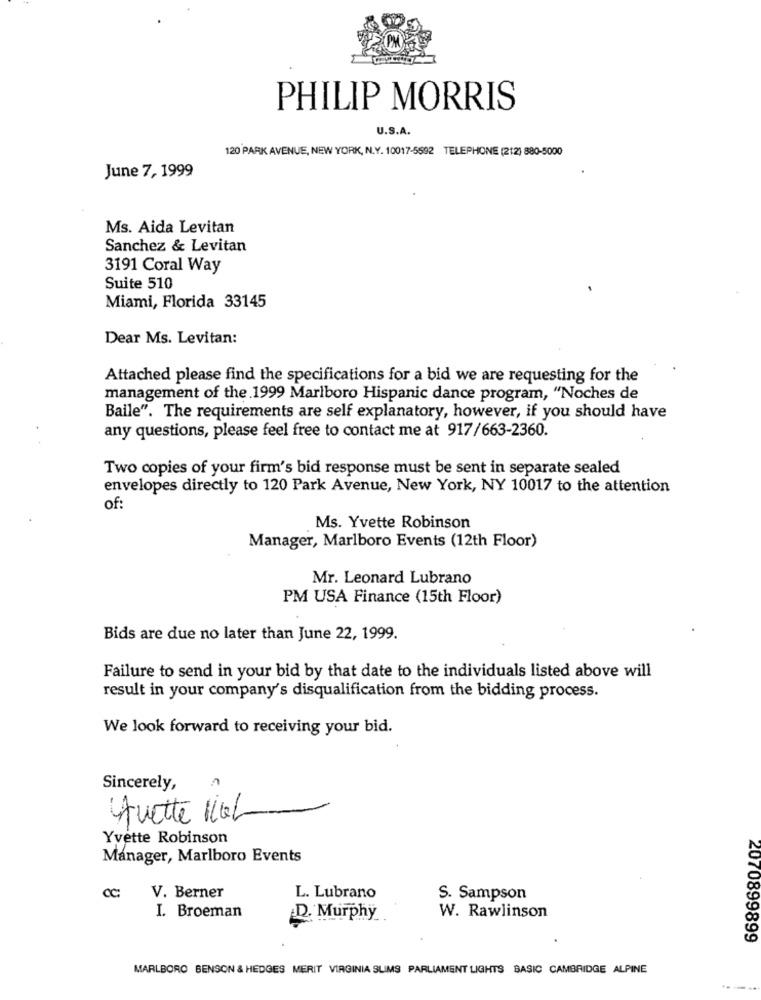
PHILIP MORRIS
U.S.A.
120 PARK AVENUE, NEW YORK, N.Y. 10017-5592 TELEPHONE (212) 880-5000
June 7, 1999
Ms. Aida Levitan
Sanchez & Levitan
3191 Coral Way
Suite 510
Miami, Florida 33145
Dear Ms. Levitan:
Attached please find the specifications for a bid we are requesting for the
management of the .1999 Marlboro Hispanic dance program, "Noches de
Baile". The requirements are self explanatory, however, if you should have
any questions, please feel free to contact me at 917/663-2360.
Two copies of your firm's bid response must be sent in separate sealed
envelopes directly to 120 Park Avenue, New York, NY 10017 to the attention
of:
Ms. Yvette Robinson
Manager, Marlboro Events (12th Floor)
Mr. Leonard Lubrano
PM USA Finance (15th Floor)
Bids are due no later than June 22, 1999.
Failure to send in your bid by that date to the individuals listed above will
result in your company's disqualification from the bidding process.
We look forward to receiving your bid.
Sincerely,
vette 110L
Yvette Robinson
Manager, Marlboro Events
CC
V. Berner
L. Lubrano
S. Sampson
I. Broeman
D. Murphy
W. Rawlinson
2070899899
MARLBORO BENSON & HEDGES MERIT VIRGINIA SLIMS PARLIAMENT LIGHTS BASIC CAMBRIDGE ALPINE